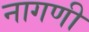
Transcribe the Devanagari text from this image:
नागणी